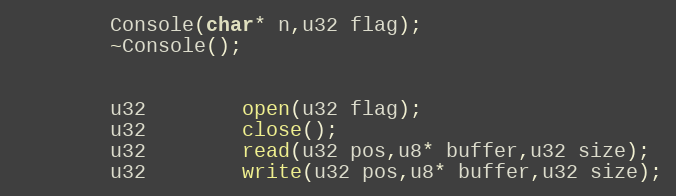
Language: C
		Console(char* n,u32 flag);
		~Console();

		u32		open(u32 flag);
		u32		close();
		u32		read(u32 pos,u8* buffer,u32 size);
		u32		write(u32 pos,u8* buffer,u32 size);